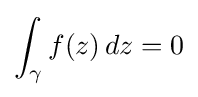
\int _{\gamma }f(z)\,dz=0